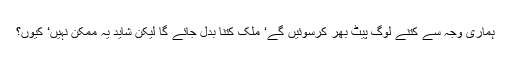
ہماری وجہ سے کتنے لوگ پیٹ بھر کرسوئیں گے‘ ملک کتنا بدل جائے گا لیکن شاید یہ ممکن نہیں‘ کیوں؟